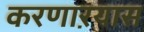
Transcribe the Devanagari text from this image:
करणाऱयास